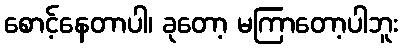
စောင့်နေတာပါ၊ ခုတော့ မကြာတော့ပါဘူး